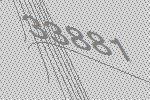
33881